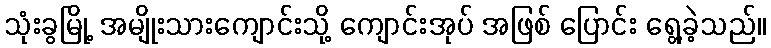
သုံးခွမြို့ အမျိုးသားကျောင်းသို့ ကျောင်းအုပ် အဖြစ် ပြောင်း ရွေ့ခဲ့သည်။